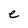
Character: e